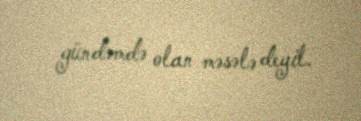
gündəmdə olan məsələ deyil.